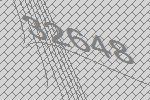
32648